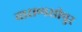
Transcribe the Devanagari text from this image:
वाराणसीपुर